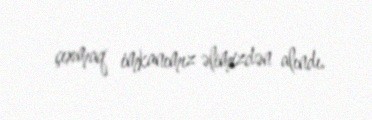
çıxmaq imkanımız əlimizdən alındı.